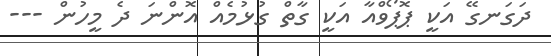
ދަގަނގޭ އަކީ ޕޮޕޯވްއާ އަކީ ގާތް ގުޅުމެއް އޮންނަ ދެ މީހުން ---